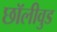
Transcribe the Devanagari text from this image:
छॉलीवुड